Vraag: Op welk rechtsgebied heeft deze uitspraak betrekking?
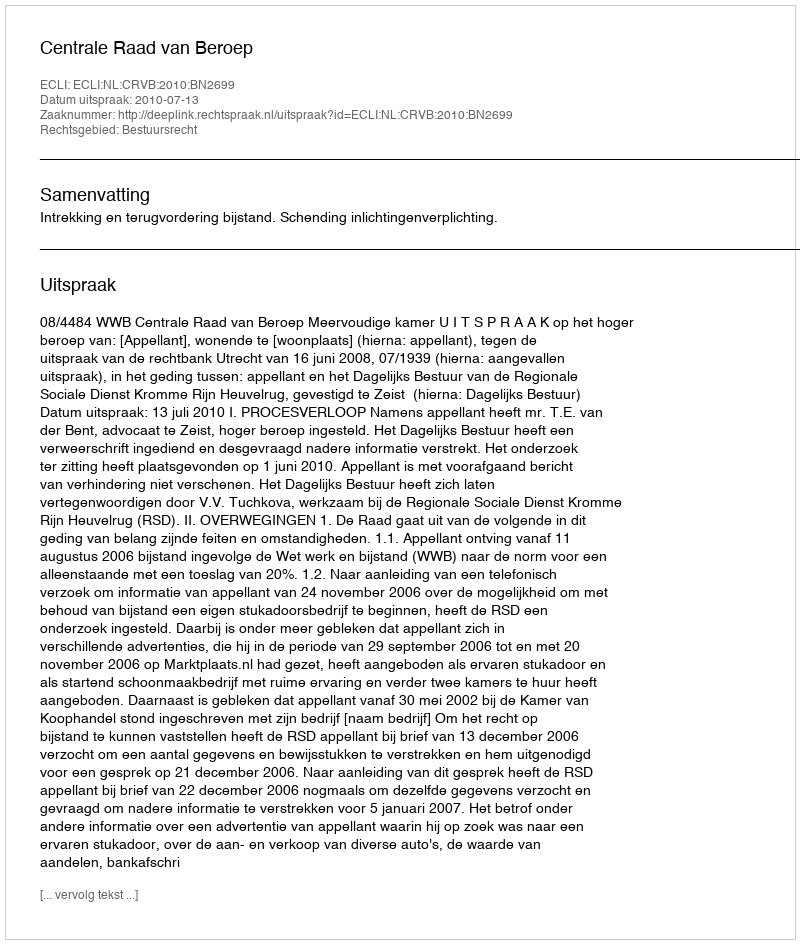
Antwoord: Bestuursrecht